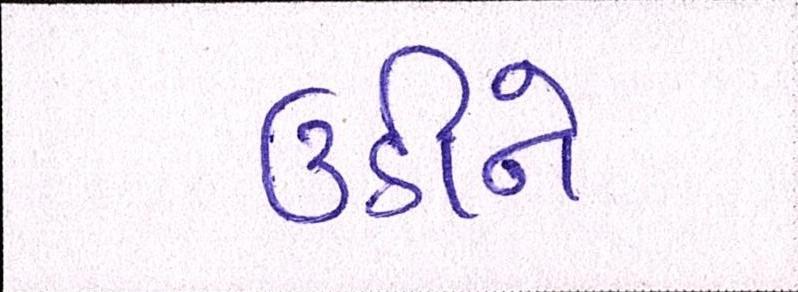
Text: ઉઠીને